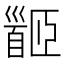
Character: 𩠡